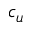
c _ { u }